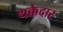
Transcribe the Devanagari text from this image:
थक्केदार